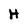
Character: H